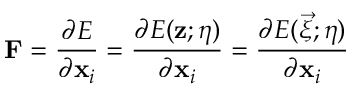
\mathbf { F } = \frac { \partial E } { \partial \mathbf { x } _ { i } } = \frac { \partial E ( \mathbf { z } ; \boldsymbol { \eta } ) } { \partial \mathbf { x } _ { i } } = \frac { \partial E ( \vec { \xi } ; \boldsymbol { \eta } ) } { \partial \mathbf { x } _ { i } }